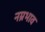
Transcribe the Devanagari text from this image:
नम्रभाव